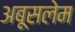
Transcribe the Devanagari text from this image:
अबूसलेम